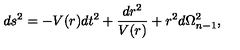
d s ^ { 2 } = - V ( r ) d t ^ { 2 } + \frac { d r ^ { 2 } } { V ( r ) } + r ^ { 2 } d { \Omega } _ { n - 1 } ^ { 2 } ,